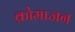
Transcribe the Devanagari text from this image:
क्रोमाजन